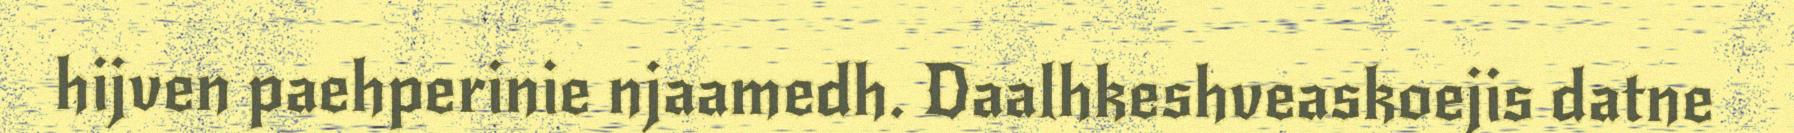
hijven paehperinie njaamedh. Daalhkeshveaskoejis datne